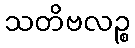
သတိဗလဉ္စ